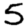
Digit: 5